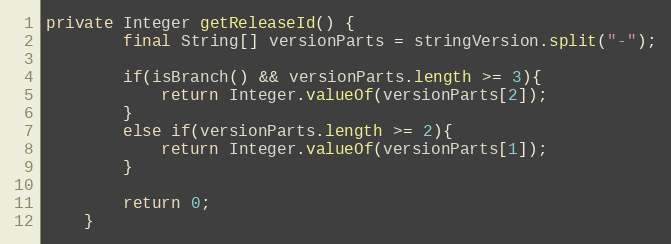
Language: Java
private Integer getReleaseId() {
		final String[] versionParts = stringVersion.split("-");

		if(isBranch() && versionParts.length >= 3){
			return Integer.valueOf(versionParts[2]);
		}
		else if(versionParts.length >= 2){
			return Integer.valueOf(versionParts[1]);
		}

		return 0;
	}